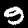
Label: 9